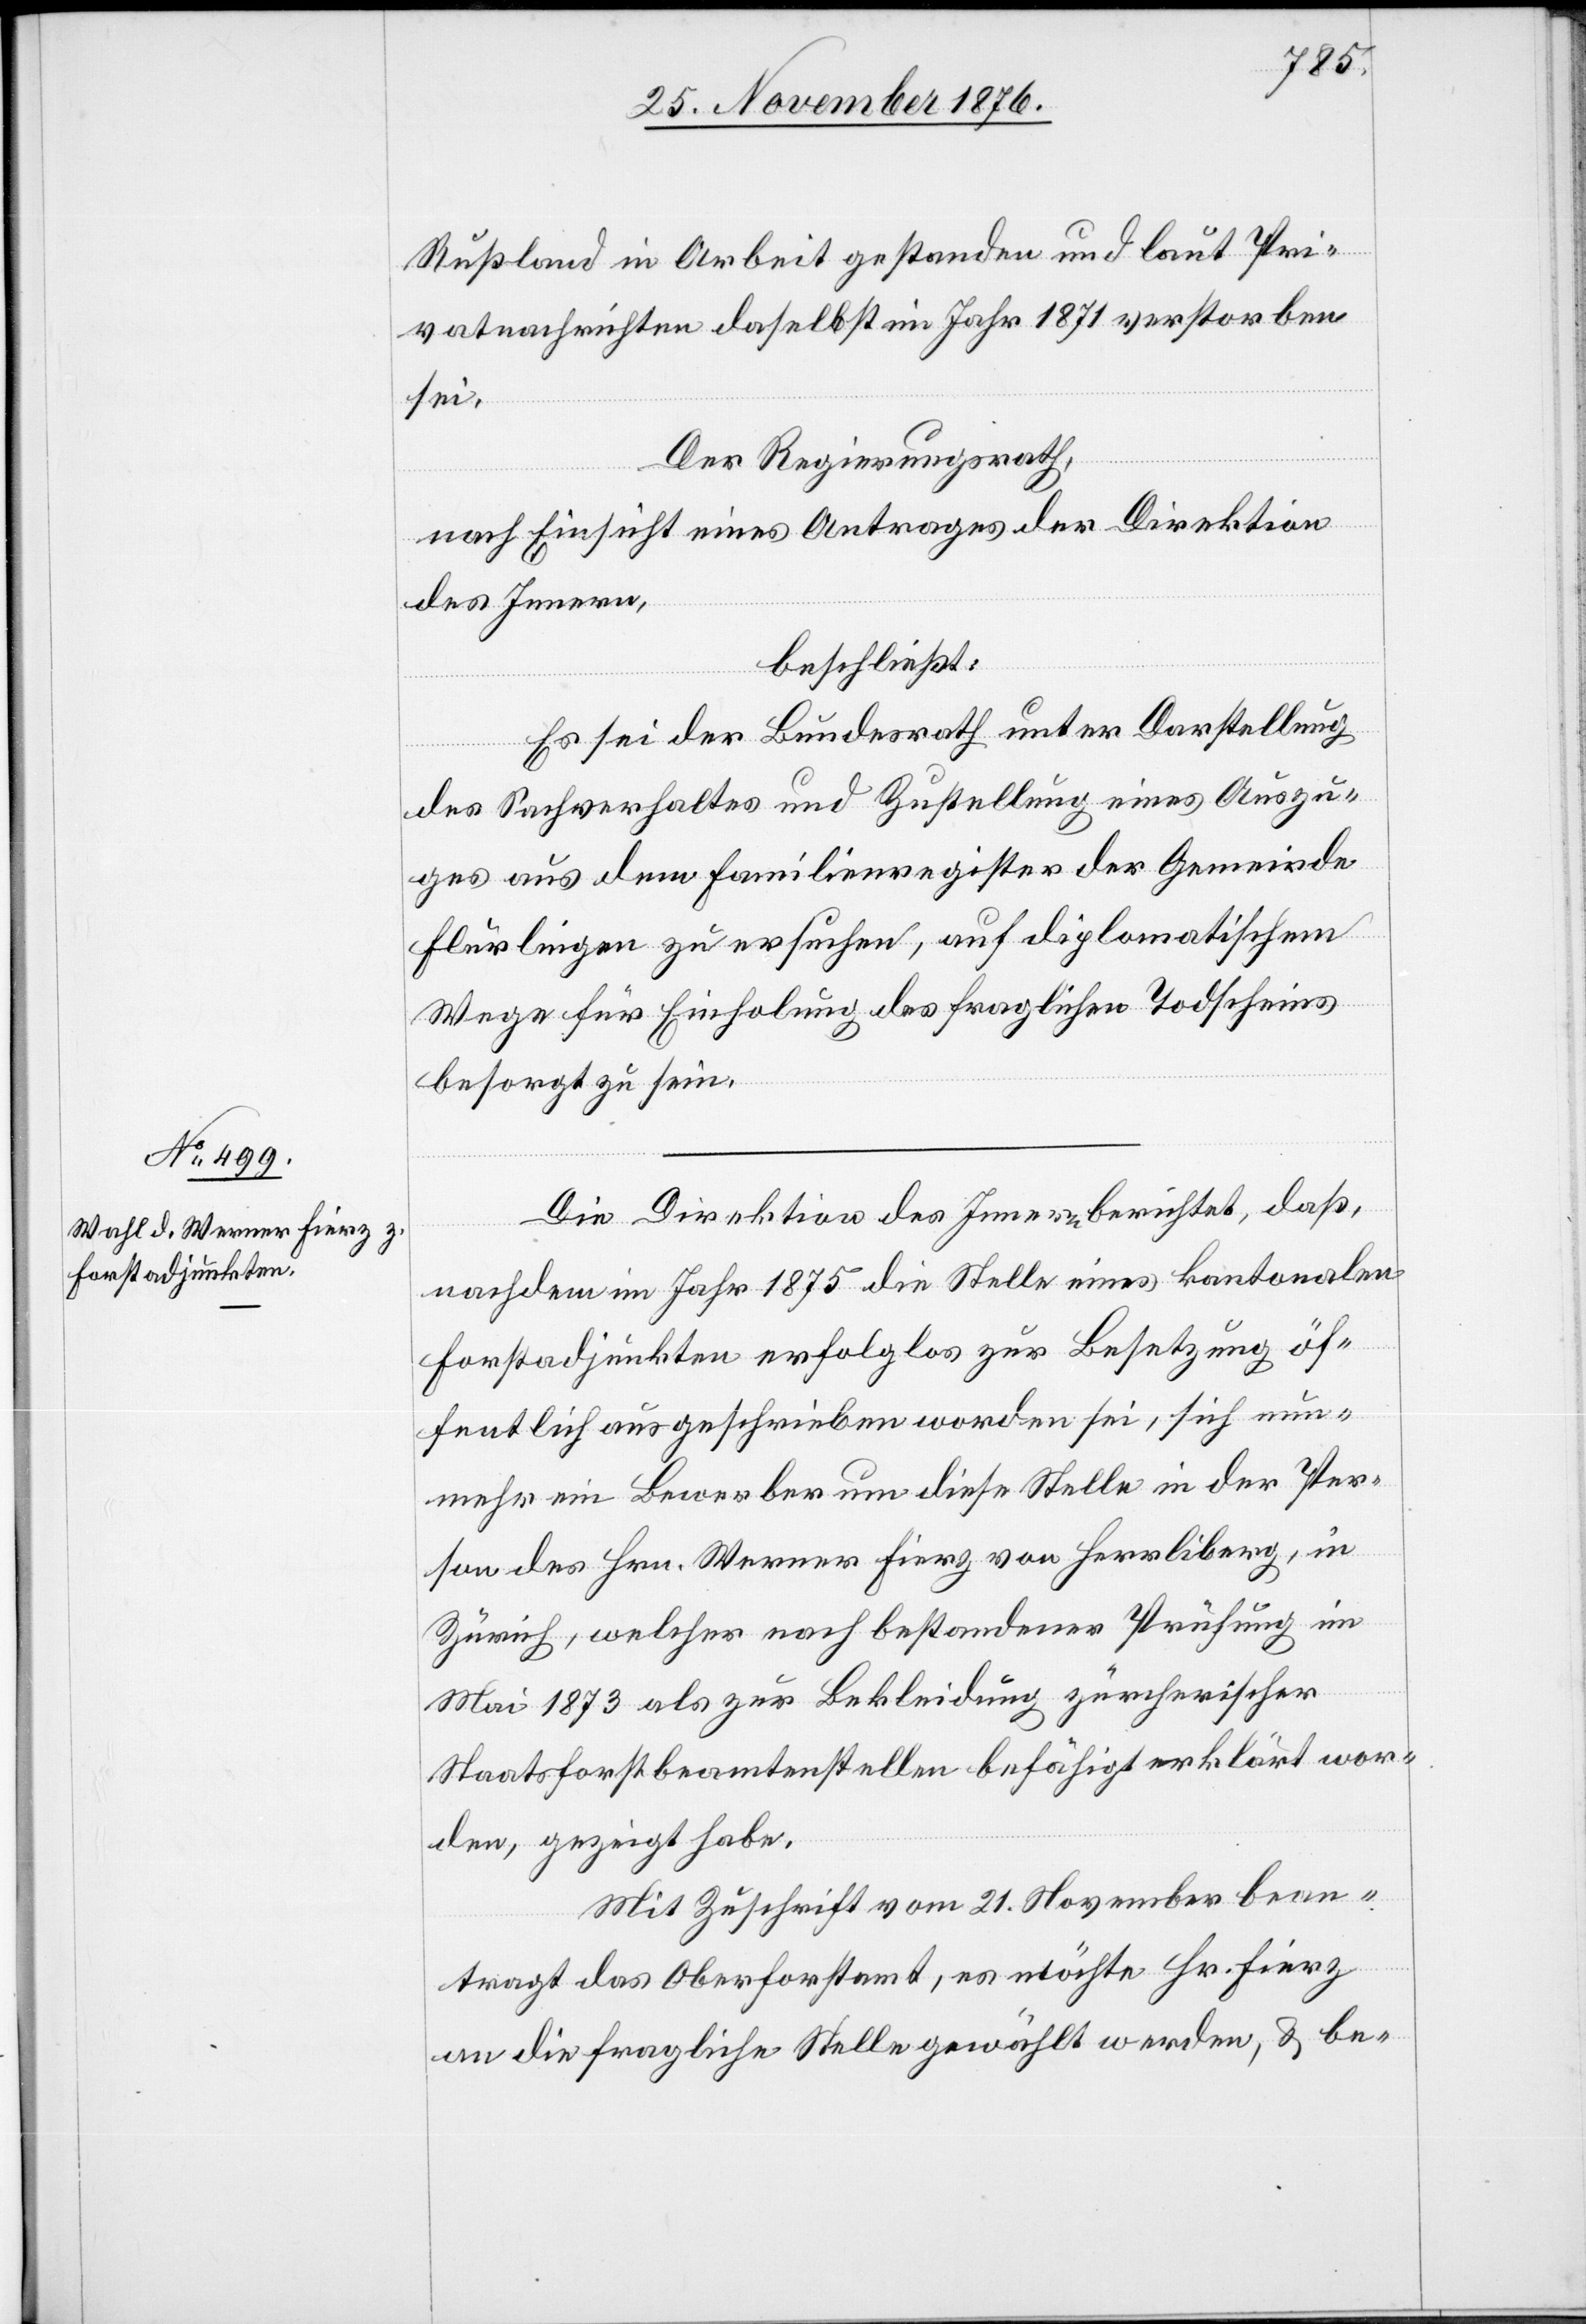
Rußland in Arbeit gestanden und laut Pri¬
vatnachrichten daselbst im Jahr 1871 verstorben
sei.
Der Regierungsrath,
nach Einsicht eines Antrages der Direktion
des Innern,
beschließt:
Es sei der Bundesrath unter Darstellung
des Sachverhaltes und Zustellung eines Auszu¬
ges aus dem Familienregister der Gemeinde
Flurlingen zu ersuchen, auf diplomatischem
Wege für Einholung des fraglichen Todscheines
besorgt zu sein.
Die Direktion des Innern berichtet, daß,
nachdem im Jahr 1875 die Stelle eines kantonalen
Forstadjunkten erfolglos zur Besetzung öf¬
fentlich ausgeschrieben worden sei, sich nun¬
mehr ein Bewerber um diese Stelle in der Per¬
son des Hrn. Werner Fierz von Herrliberg, in
Zürich, welcher nach bestandener Prüfung im
Mai 1873 als zur Bekleidung zürcherischer
Staatsforstbeamtenstellen befähigt erklärt wor¬
den, gezeigt habe
Mit Zuschrift vom 21. November bean¬
tragt das Oberforstamt, es möchte Hr. Fierz
an die fragliche Stelle gewählt werden, & be-